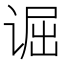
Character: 𫍮